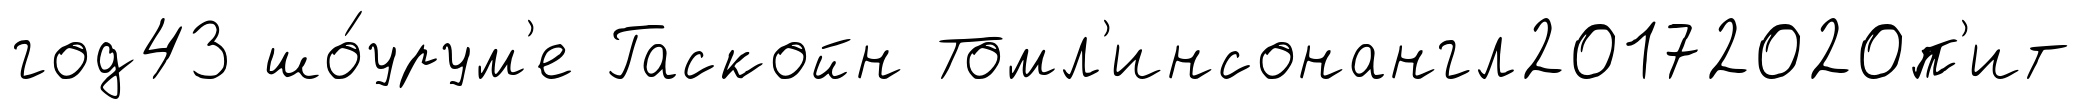
год43 шо́урум'е Гаскойн Томл'инсонангл20172020п'ит